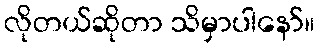
လိုတယ်ဆိုတာ သိမှာပါနော်။